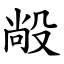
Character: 㲂